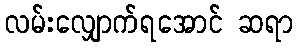
လမ်းလျှောက်ရအောင် ဆရာ